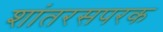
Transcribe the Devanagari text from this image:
शांतरसपरक